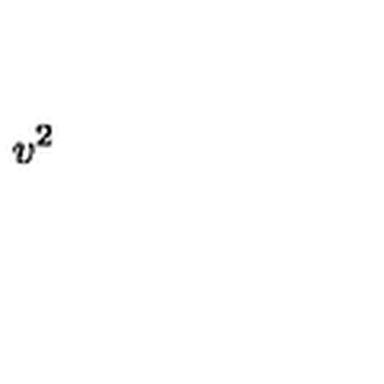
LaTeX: v ^ { 2 }